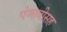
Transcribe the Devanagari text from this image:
पंजाबीसह